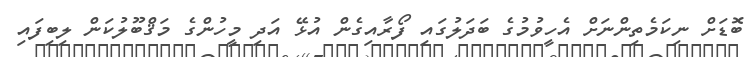
ބޮޑަށް ނިކަމެތިންނަށް އެހީވުމުގެ ބަދަލުގައި ފޯރާއިގެން އުޅޭ އަދި މީހުންގެ މަޤްބޫލުކަން ލިބިފައި